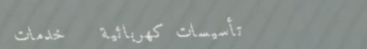
تأسيسات كهربائية   خدمات